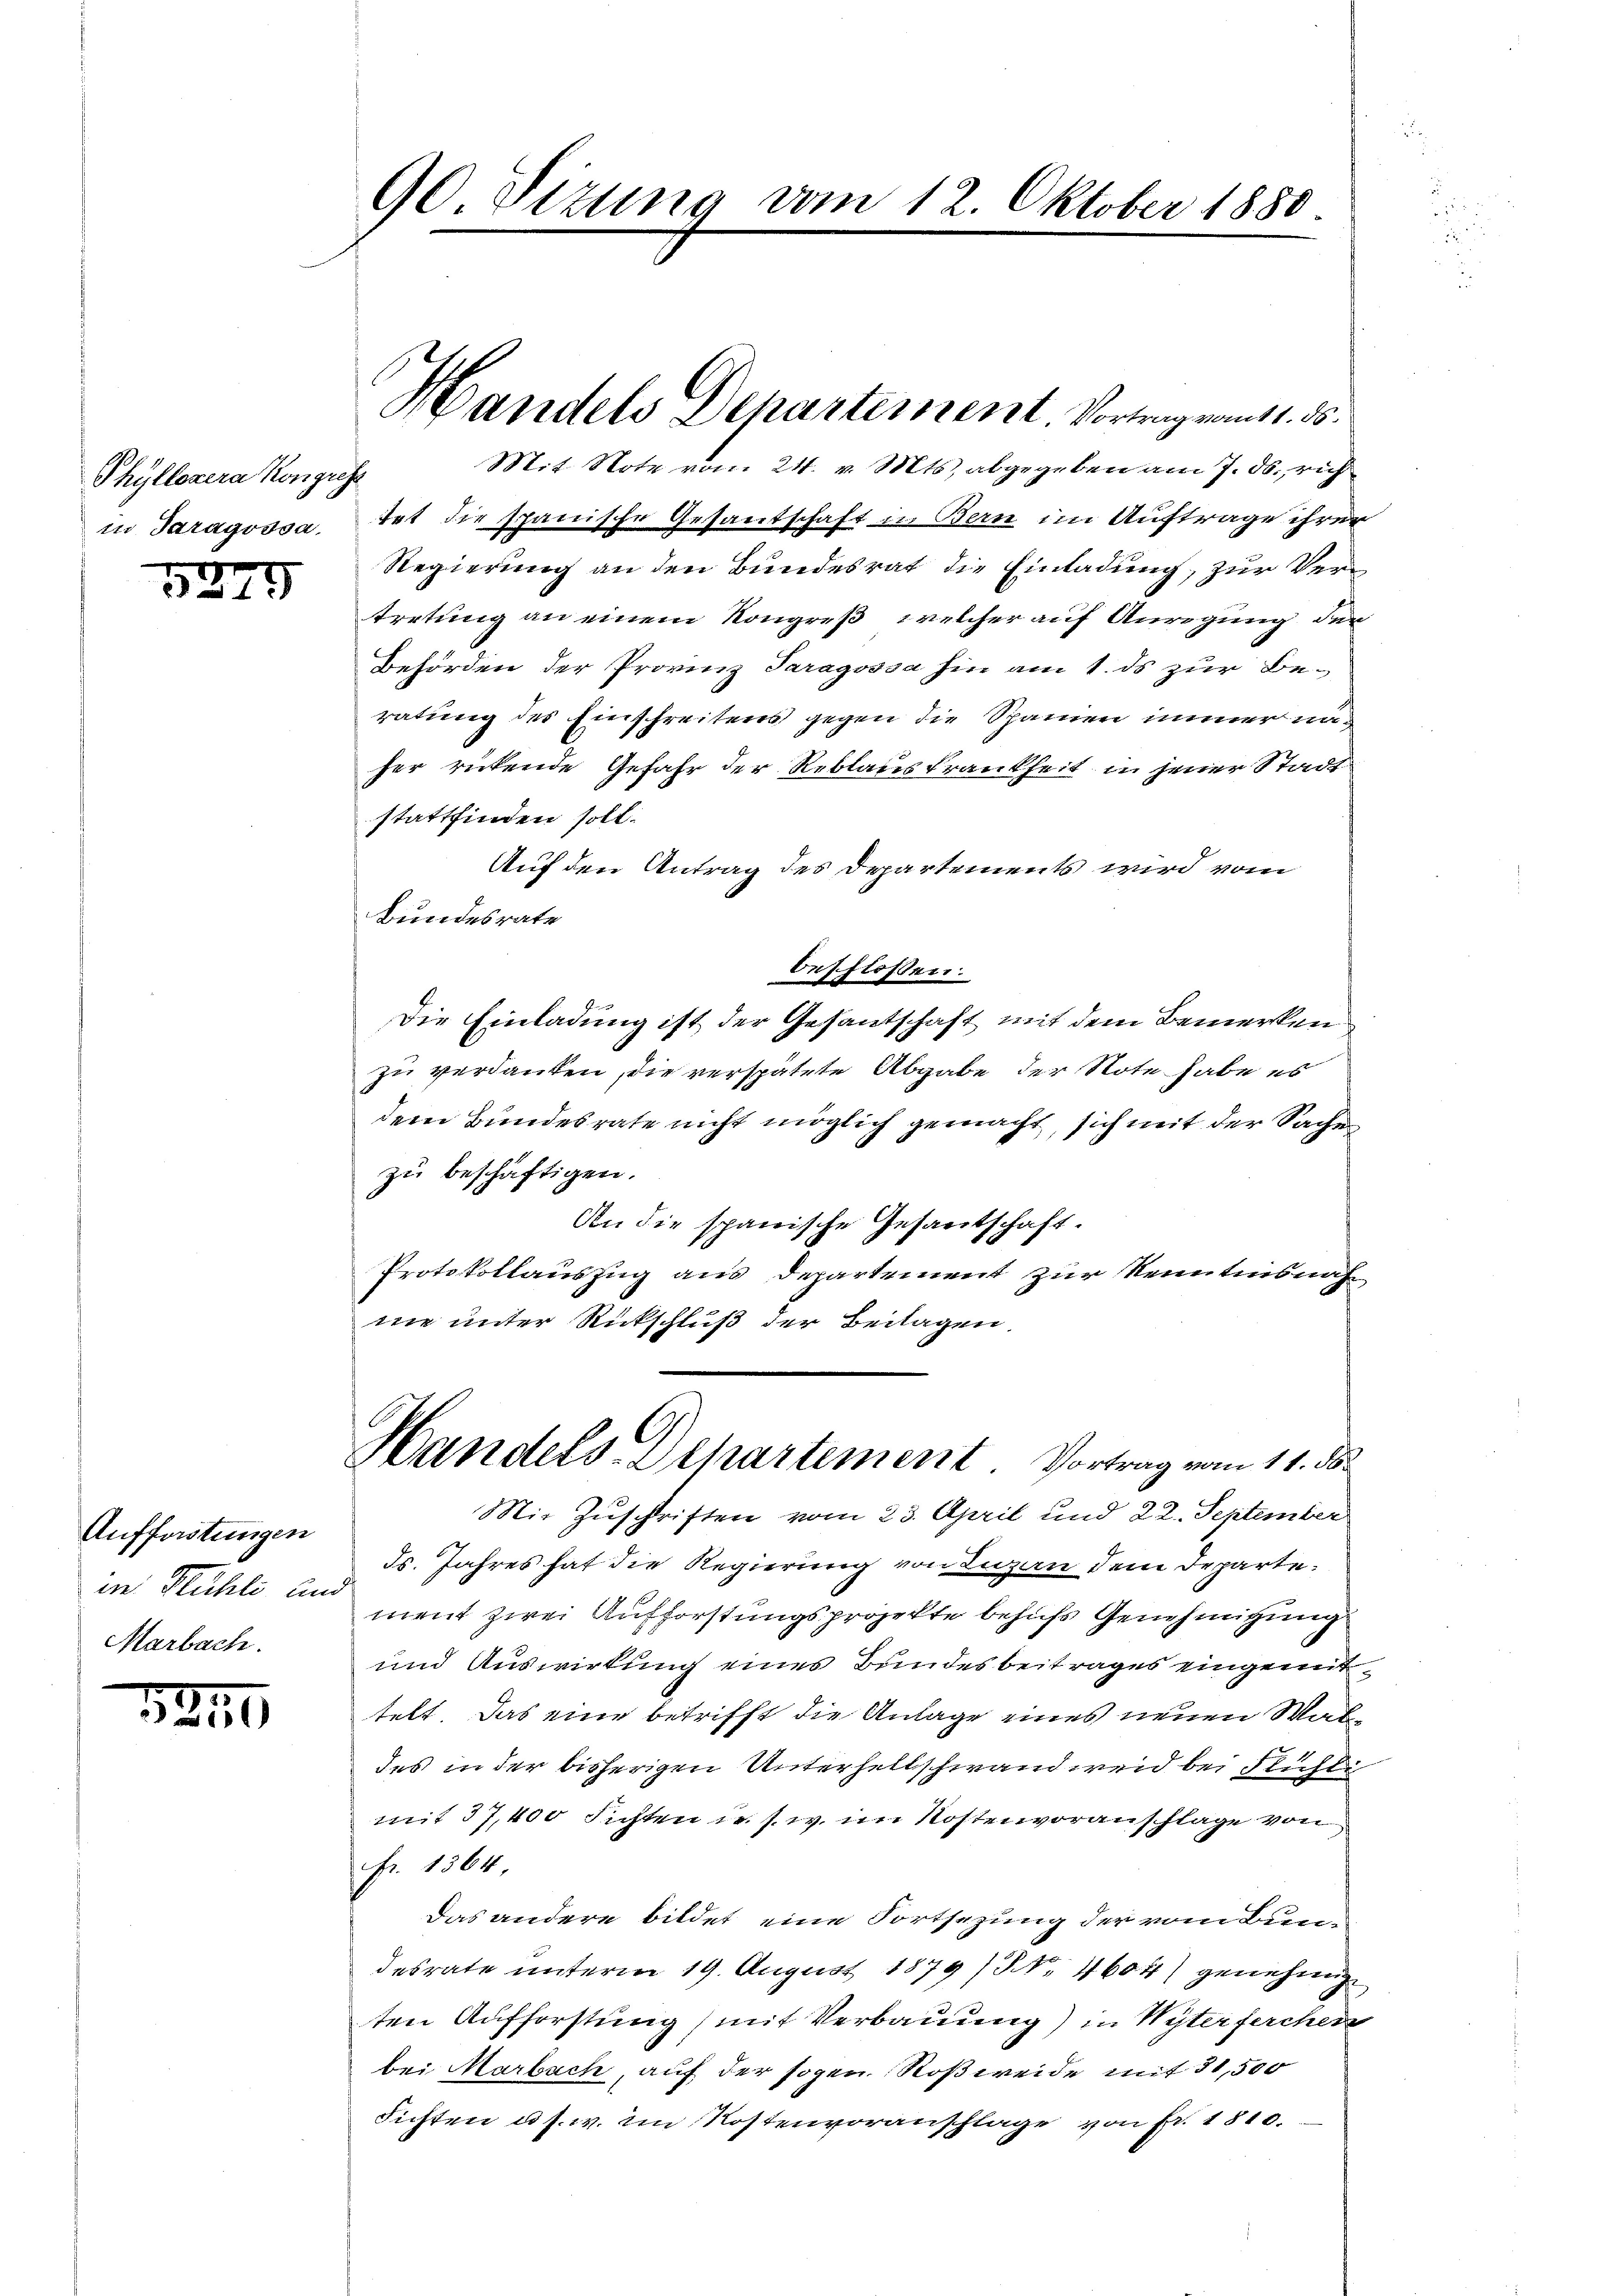
Phyllezera Kongreg
in Paragossa.

G
3525

Aufforstungen
in Mühle and
Marbach.

1841

Mit Note vom 24. v. Mts. abgegeben am 7. ds. rich
tet die spanische Gesandschaft in Bern im Auftrage ihrer
Regierung an den Bundesrat die Einladung, zur Vertretung an einem Kongreß, welcher auf Anregung der
Behörden der Provinz Paragossa hin am 1. ds zur Beratung des Einschreitens gegen die Spanien immer nac
her rückende Gefahr der Reblauskrankheit in jener Stadt
stattfinden soll.
Auf den Antrag des Departements wird vom
Bundesrate
beschlossen:
Die Einladung ist der Gesantschaft mit dem Bemerken
zu verdanken, die verspätete Abgabe der Note habe es
dem Bundesrate nicht möglich gemacht, sich mit der Sache
zu beschäftigen.
An die spanische Gesantschaft.
Protokollauszug aus Departement zur Kenntnisnahne unter Rückschluß der Beilagen
Handels Departement Vortrag vom 11. ds.
Mir Zuschriften vom 23. April und 22. September
Fs. Jahres hat die Regierung von Luzen dem Departement zwei Aufforstungsprojekte behufs Genehmigung
und Auswirkung eines Bundesbeitrages eingemittelt. Das eine betrifft die Anlage eines neuen Waldes in der bisherigen Unterhellschwand weid bei Flühli
mit 37,400 Fichten u. s. w. im Kostenvoranschlage von
Fr. 1564
Das andere bildet eine Fortsezung der vom Bundesrate unterm 19. August 1879 No 4604) genehmig
ten Aufforstung mit Verbauung) in Wyterferchen
bei Marbach, auf der sogen Roßweide mit 31,500
Fichten u. s. w. im Kostenvoranschlage von Fr. 1810.

90 Sizung vom 12. Oktober 1880.

Handels Departement Vortrag ans 1. ds.